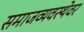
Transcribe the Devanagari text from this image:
समाजव्यवस्थेवर